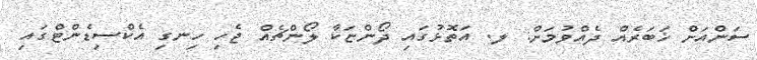
ސަންއަށް ޚަބަރެއް ދެއްވުމަށް: ލ. އަތޮޅުގައި ދޯންޏަކާ ލޯންޗެއް ޖެހި ހިނގި އެކްސިޑެންޓްގައި